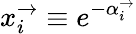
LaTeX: x_{i}^{\rightarrow}\equiv e^{-\alpha_{i}^{\rightarrow}}